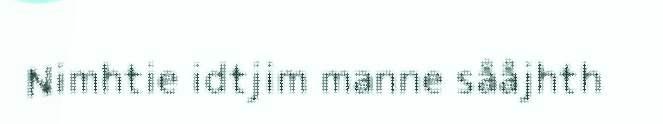
Nimhtie idtjim manne sååjhth